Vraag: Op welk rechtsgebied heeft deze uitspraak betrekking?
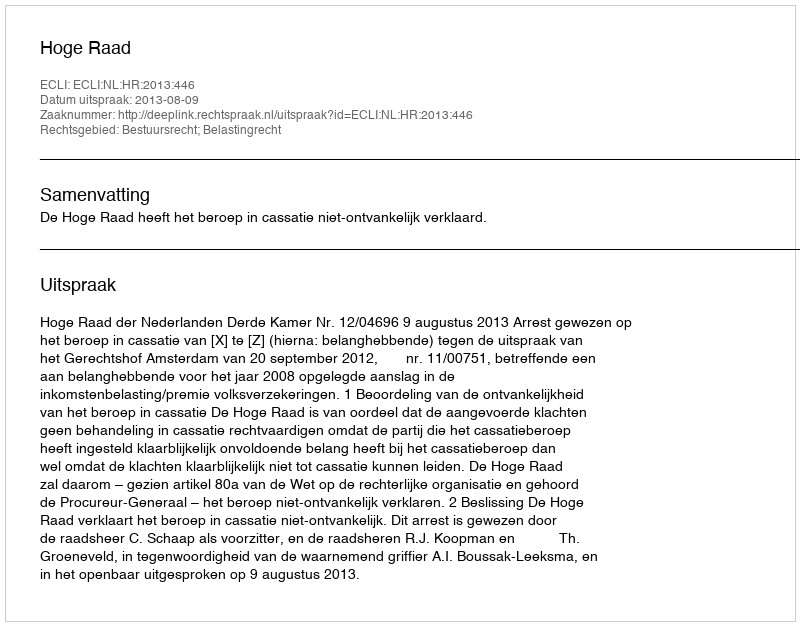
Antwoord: Bestuursrecht; Belastingrecht